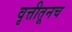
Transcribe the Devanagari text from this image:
वृत्तीतूनच